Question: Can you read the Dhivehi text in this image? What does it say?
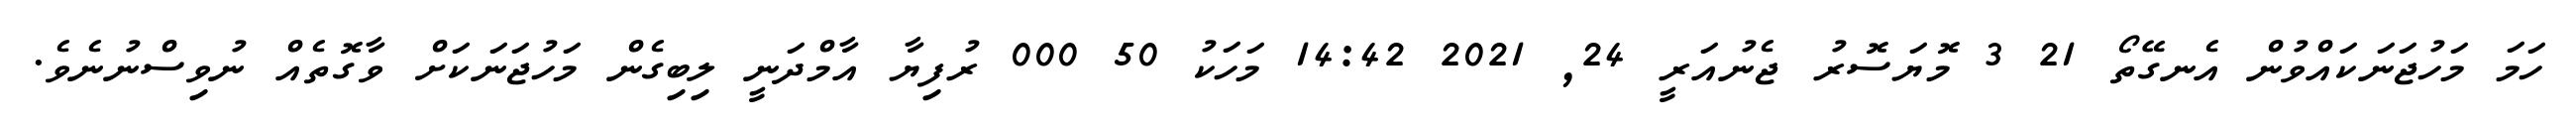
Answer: ހަމަ މަހުޖަނަކައްވުން އެނގޭތޯ 21 3 މޮޔަސޮރު ޖެނުއަރީ 24, 2021 14:42 މަހަކު 50 000 ރުފިޔާ އާމްދަނީ ލިބިގެން މަހުޖަނަކަށް ވާގޮތެއް ނުވިސްނުނެވެ.